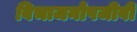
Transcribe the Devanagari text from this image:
विभाजनोपजीवी